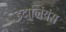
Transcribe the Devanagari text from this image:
इटालियंस